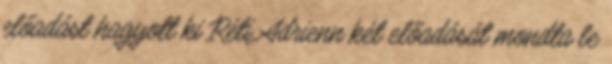
előadást hagyott ki Réti Adrienn két előadását mondta le